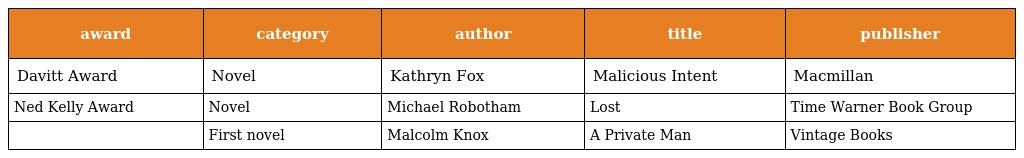
| award | category | author | title | publisher |
 | --- | --- | --- | --- | --- |
 | Davitt Award | Novel | Kathryn Fox | Malicious Intent | Macmillan |
 | Ned Kelly Award | Novel | Michael Robotham | Lost | Time Warner Book Group |
 |  | First novel | Malcolm Knox | A Private Man | Vintage Books |